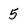
Character: 5